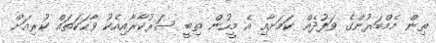
ތިން މެމްބަރުންގެ ވަފުދެއް ކަމަށާއި އެ މީހުން ތިބީ ސަރުކާރާއިއެކު ވާހަކަތައް ކުރިއަށް